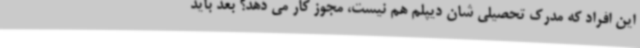
این افراد که مدرک تحصیلی شان دیپلم هم نیست، مجوز کار می دهد؟ بعد باید